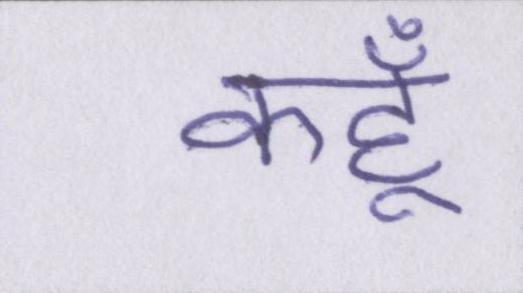
कहूँ